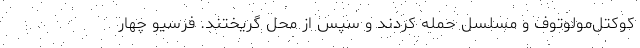
کوکتل‌مولوتوف و مسلسل حمله کردند و سپس از محل گریختند. فَرسیو چهار